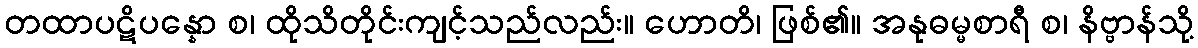
တထာပဋိပန္နော စ၊ ထိုသိတိုင်းကျင့်သည်လည်း။ ဟောတိ၊ ဖြစ်၏။ အနုဓမ္မစာရီ စ၊ နိဗ္ဗာန်သို့